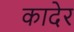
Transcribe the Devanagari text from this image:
कादेर